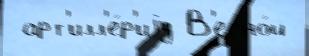
 арт'илл'е́р'иjу В'есно́й